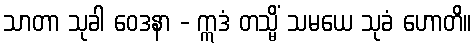
သာတာ သုခါ ဝေဒနာ - ဣဒံ တသ္မိံ သမယေ သုခံ ဟောတိ။